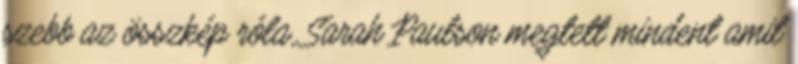
szebb az összkép róla, Sarah Paulson megtett mindent amit